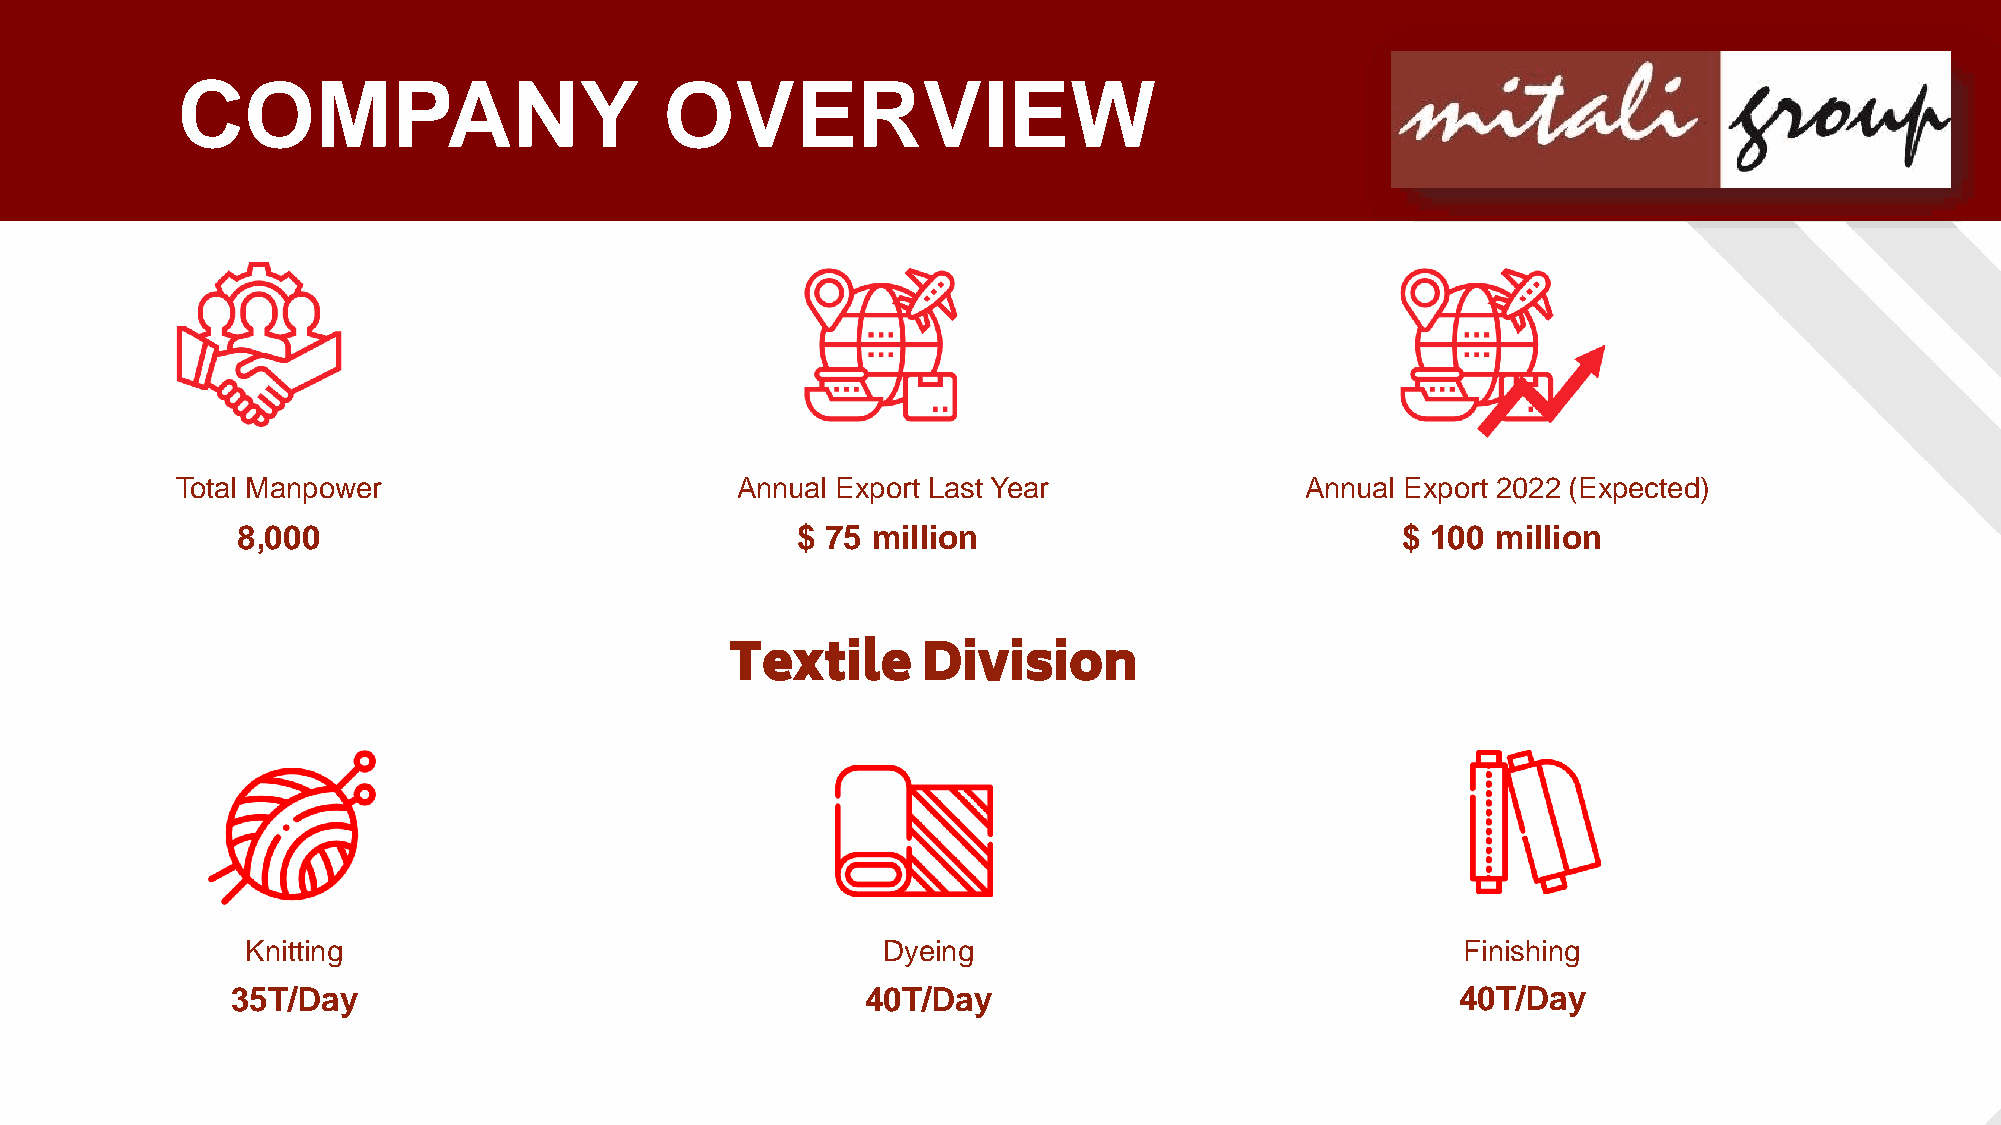
COMPANY                         OVERVIEW
 Total Manpower                       Annual Export Last Year              Annual Export 2022 (Expected)
 8,000                                $ 75 million                            $ 100 million
 Textile      Division
 Knitting                                  Dyeing                                 Finishing
 35T/Day                                   40T/Day                                 40T/Day